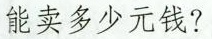
能卖多少元钱?